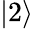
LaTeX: \left\lvert 2\right\rangle